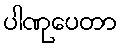
ပါဏုပေတာ